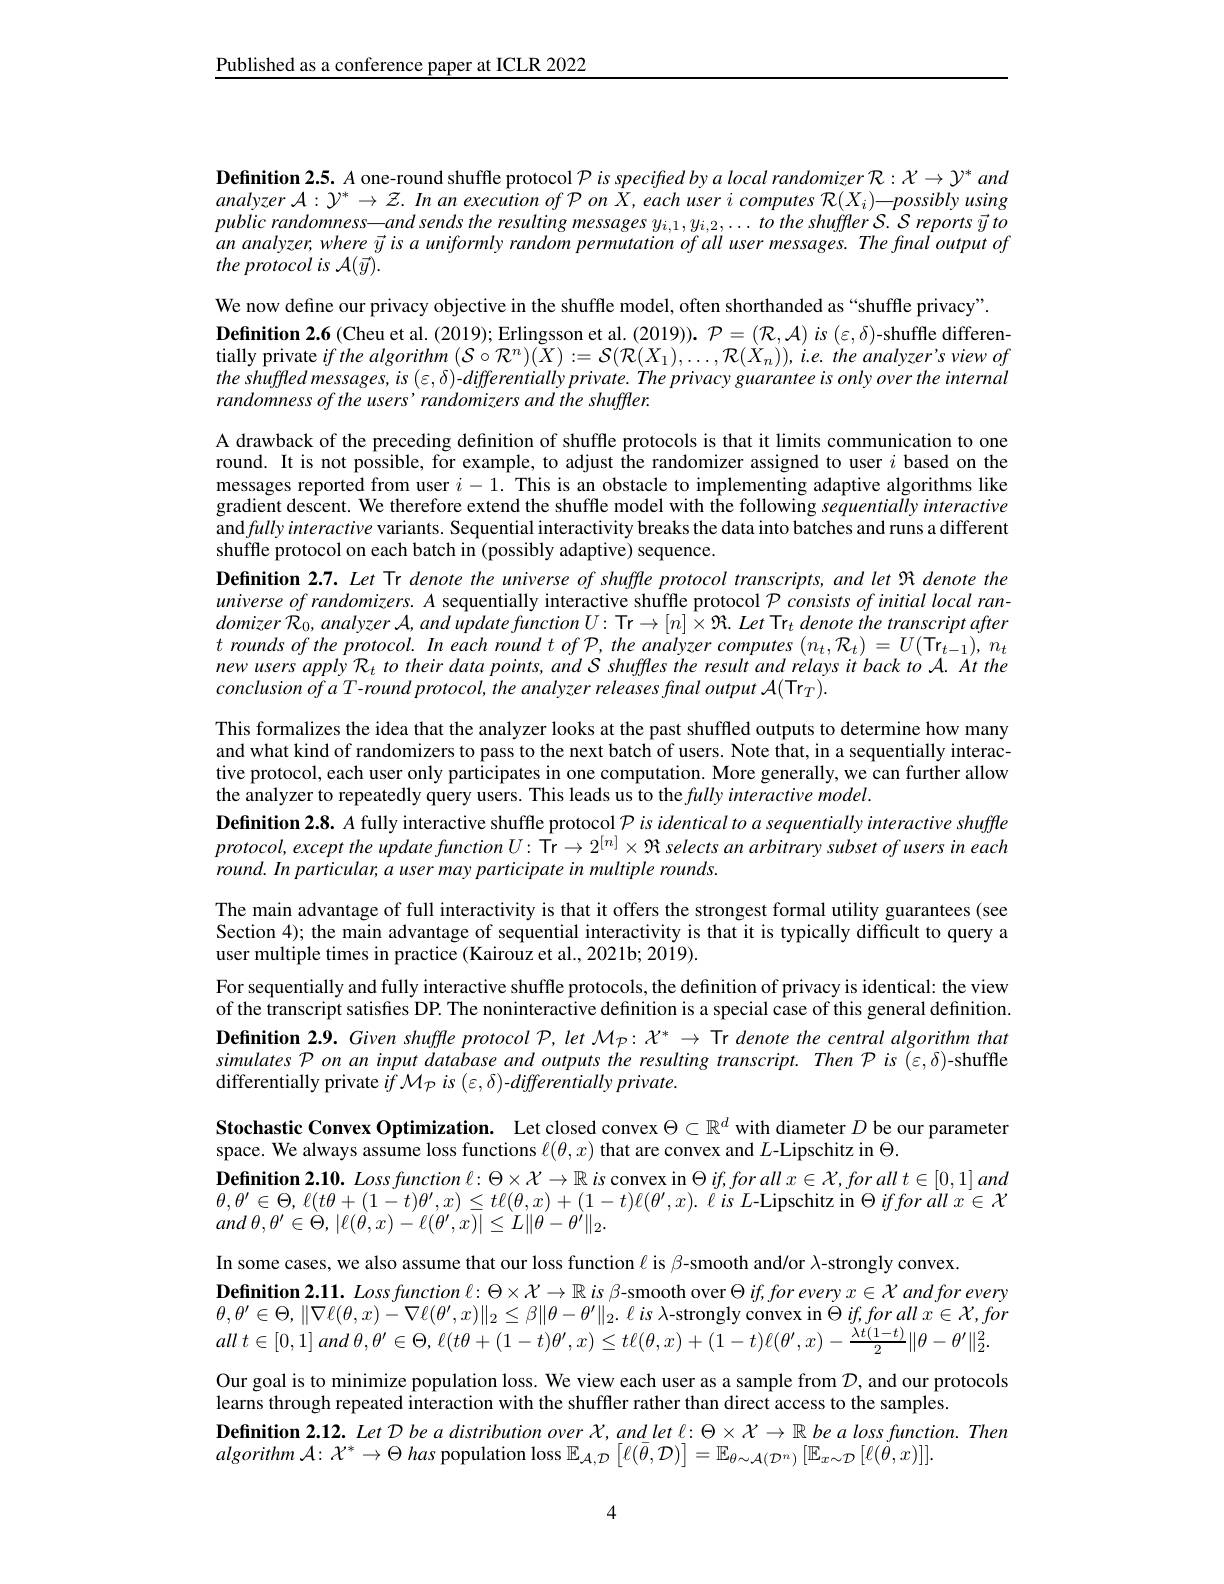
Published as a conference paper at ICLR 2022

Definition 2.5. A one-round shuffle protocol $\mathcal{P}$ is specified by a local randomizer $\mathcal{R}:\mathcal{X}\to\mathcal{Y}^*$ and analyzer $\mathcal{A}:\mathcal{Y}^*\to\mathcal{Z}.$ In an execution of P on X, each user i computes $\mathcal{R} ( X_i) \_ \textit{possibly using}$ public randomness—and sends the resulting messages $y_{i,1},y_{i,2},\ldots to$ the shuffler S. S reports $\vec{y} \textit{to}$ an analyzer, where $\vec{y}$ is a uniformly random permutation of all user messages. The final output of the protocol is A($\vec{y}).$

We now define our privacy objective in the shuffle model, often shorthanded as “shuffle privacy”.
tially private $if$ the algorithm $(\mathcal{S}\circ\mathcal{R}^n)(X):=\mathcal{S}(\mathcal{R}(X_1),\ldots,\mathcal{R}(\dot{X}_n)),i.e.$ the analyzer's view of $theshuffledmessages,is(\varepsilon,\delta)$-differentially private. The privacy guarantee is only over the internal randomness of the users' randomizers and the shuffler.

A drawback of the preceding definition of shuffle protocols is that it limits communication to one round. It is not possible, for example, to adjust the randomizer assigned to user $i$ based on the messages reported from user $i-1.$ This is an obstacle to implementing adaptive algorithms like gradient descent. We therefore extend the shuffle model with the following sequentially interactive andfullyinteractive variants. Sequential interactivity breaks the data into batches and runs a different shuffle protocol on each batch in (possibly adaptive) sequence.
Definition 2.7. Let Tr denote the universe of shuffle protocol transcripts, and let $\Re$ denote the $universeofrandomizers.A$ sequentially interactive shuffle protocol $\mathcal{P} \textit{consists of initial local ran- }$ domizer $R_{0}, analyzer$ $A, and$ update function $U:$ Tr$\to [ n] \times \Re .$ Let $\mathrm{Tr}_{t}$ denote the transcript after $\begin{array}{l}{t\:rounds\:of\:the\:protocol.\:In\:each\:round\:t\:of\:\mathcal{P},\:the\:analyzer\:computes\:(n_{t},\mathcal{R}_{t})=U(\mathrm{Tr}_{t-1}),\:n_{t}\\{new\:users\:apply\:\mathcal{R}_{t}\:to\:their\:data\:points,\:and\:S\:shuffles\:the\:result\:and\:relays\:it\:back\:to\:\mathcal{A}.\:At\:the\end{array}}\\{\begin{array}{l}{new\:users\:apply\:\mathcal{R}$ $conclusionofaT-roundprotocol,the$ analyzer releases final output A(Trr).
This formalizes the idea that the analyzer looks at the past shuffled outputs to determine how many and what kind of randomizers to pass to the next batch of users. Note that, in a sequentially interactive protocol, each user only participates in one computation. More generally, we can further allow the analyzer to repeatedly query users. This leads us to the fully interactive model.
Definition 2.8. A fully interactive shuffle protocol $\mathcal{P}$ is identical to a sequentially interactive shuffle $protocol,except$ the update function $U:\hat{\text{Tr}}\to2^{[n]}\times\Re$ selects an arbitrary subset of users in each round. In particular, a user may participate in multiple rounds.
The main advantage of full interactivity is that it offers the strongest formal utility guarantees (see Section 4); the main advantage of sequential interactivity is that it is typically difficult to query a user multiple times in practice (Kairouz et al., 2021b; 20i9).
For sequentially and fully interactive shuffle protocols, the definition of privacy is identical: the view of the transcript satisfies DP. The noninteractive definition is a special case of this general definition. Definition 2.9. Given shuffle protocol P, let $\mathcal{M}_p:\mathcal{X}^*\to$ Tr denote the central algorithm that simulates P on an input database and outputs the resulting transcript. Then $\mathcal{P}$ is (ε,δ)-shuffle differentially private $if\mathcal{M}_{\mathcal{P}}$ is $(\varepsilon,\delta)-differentially$ private.
Stochastic Convex Optimization. Let closed convex $\Theta\subset\mathbb{R}^d$ with diameter $D$ be our parameter
space. We always assume loss functions $\ell(\theta,x)$ that are convex and $L$-Lipschitz in $\Theta.$
$\textbf{Definition 2. 10. Loss function }\ell : \Theta \times \mathcal{X} \to \mathbb{R}$ is convex in $\Theta$ if,for all $x\in\mathcal{X},forall$ $t\in[0,1]$ and $\theta,\theta^{\prime}\in\Theta,\ell(t\theta+(1-t)\theta^{\prime},x)\leq t\ell(\theta,x)+(1-t)\ell(\theta^{\prime},x).\ell$ is L-Lipschitz in $\Theta \textit{iffor all }x\in \mathcal{X}$ and $\theta , \theta ^{\prime }\in \dot{\Theta } $, $| \ell ( \dot{\theta } , x) - \ell ( \theta ^{\prime }, x) | \leq L\| \theta ^{\prime }- \theta ^{\prime }\| _{2}.$
In some cases, we also assume that our loss function $\ell$ is β-smooth and/or λ-strongly convex.
$\textbf{Definition 2. 11. Loss function }\ell : \Theta \times \mathcal{X} \to \mathbb{R}$ is $\beta$-smooth over $\Theta$ if,for every $x\in\mathcal{X}$ and for every $\theta , \theta ^{\prime }\in \Theta , \| \nabla \ell ( \theta , x) - \nabla \ell ( \theta ^{\prime }, x) \| _{2}\leq \beta \| \theta - \theta ^{\prime }\| _{2}.$ $\ell$ $is$ $\lambda$-strongly convex in $\Theta$ $if, for$ all $x\in \mathcal{X} , for$ all $t\in [ 0, 1]$ and $\theta , \theta ^{\prime }\in \Theta $, $\ell ( t\theta + ( 1- t) \theta ^{\prime }, x) \leq t\ell ( \theta , x) + ( 1- t) \ell ( \theta ^{\prime }, x) - \frac {\lambda t( 1- t) }2\| \theta - \theta ^{\prime }\| _{2}^{2}.$ Our goal is to minimize population loss. We view each user as a sample from $\mathcal{D}$, and our protocols learns through repeated interaction with the shuffler rather than direct access to the samples.
Definition $2.12.LetDbeadistributionoverX,andlet\ell:\Theta\times\mathcal{X}\to\mathbb{R}bealossfunction.Then$
algorithm ${\mathcal{A} }:$ ${\mathcal{X} }^{* }\to \Theta$ has ${\mathrm{population~loss~}\mathbb{E} }_{\mathcal{A} , \mathcal{D} }\left [ \ell ( \bar{\theta } , {\mathcal{D} }) \right ] = \mathbb{E} _{\theta \sim \mathcal{A} ( {\mathcal{D} }^{n}) }\left [ \mathbb{E} _{x\sim \mathcal{D} }\left [ \ell ( \bar{\theta } , x) \right ] \right ] .$

4